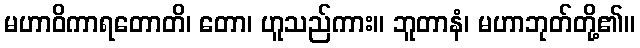
မဟာဝိကာရတောတိ၊ တော၊ ဟူသည်ကား။ ဘူတာနံ၊ မဟာဘုတ်တို့၏။